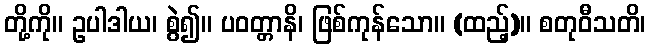
တို့ကို။ ဥပါဒါယ၊ စွဲ၍။ ပဝတ္တာနိ၊ ဖြစ်ကုန်သော။ (ထည့်)။ စတုဝီသတိ၊